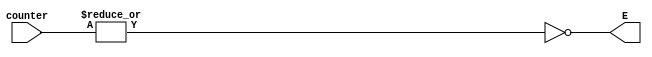
module nor_gate(counter, E);
//input [25:0] counter;
input [24:0] counter;

output wire E;

//unary operator
//acts as a reduction operator, OR every bit
assign E = ~(|counter);

endmodule